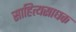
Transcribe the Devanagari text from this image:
साहित्यसाधक